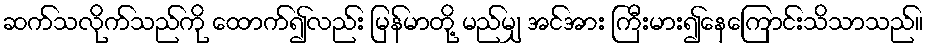
ဆက်သလိုက်သည်ကို ထောက်၍လည်း မြန်မာတို့ မည်မျှ အင်အား ကြီးမား၍နေကြောင်းသိသာသည်။